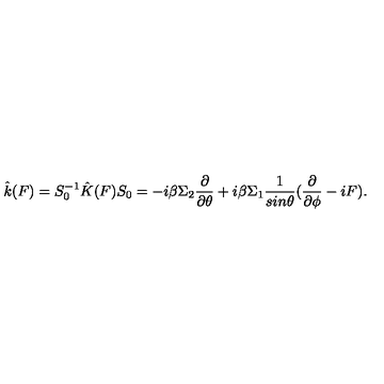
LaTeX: \hat { k } ( F ) = S _ { 0 } ^ { - 1 } \hat { K } ( F ) S _ { 0 } = - i \beta \Sigma _ { 2 } \frac { \partial } { \partial \theta } + i \beta \Sigma _ { 1 } \frac { 1 } { s i n \theta } ( \frac { \partial } { \partial \phi } - i F ) .